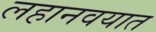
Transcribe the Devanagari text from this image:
लहानवयात